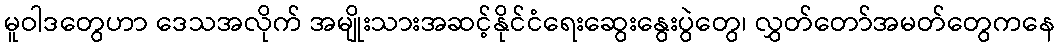
မူဝါဒတွေဟာ ဒေသအလိုက် အမျိုးသားအဆင့်နိုင်ငံရေးဆွေးနွေးပွဲတွေ၊ လွှတ်တော်အမတ်တွေကနေ